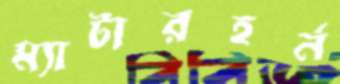
ম্যাটারহর্ন